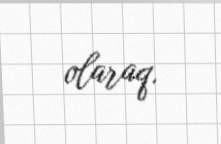
olaraq.